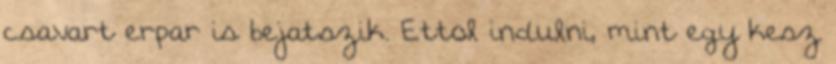
csavart erpar is bejatszik. Ettol indulni, mint egy kesz